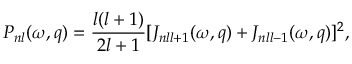
{ \cal P } _ { n l } ( \omega , q ) = \frac { l ( l + 1 ) } { 2 l + 1 } [ { \cal J } _ { n l l + 1 } ( \omega , q ) + { \cal J } _ { n l l - 1 } ( \omega , q ) ] ^ { 2 } ,